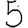
Digit: 5